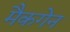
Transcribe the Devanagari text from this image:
मैकगेन